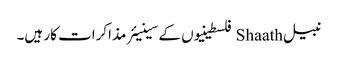
نبیل Shaath فلسطینیوں کے سینیئر مذاکرات کار ہیں۔